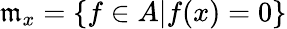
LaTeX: {\mathfrak{m}}_{x}=\{ f\in A|f(x)=0\}